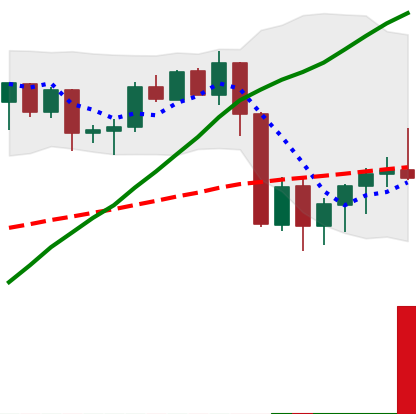
Ticker: XMR-USD
Chart end date: 2020-09-10
Forward return: 9.179%
Label: up_7plus